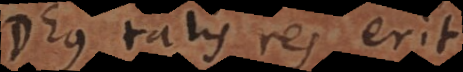
Deus talis res erit.